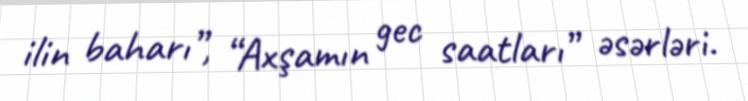
ilin baharı”, “Axşamın gec saatları” əsərləri.